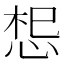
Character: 𭜷